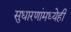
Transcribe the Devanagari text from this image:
सुधारणांमध्येही